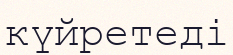
күйретеді